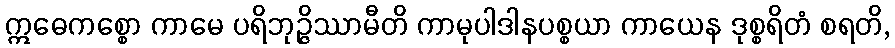
ဣဓေကစ္စော ကာမေ ပရိဘုဉ္ဇိဿာမီတိ ကာမုပါဒါနပစ္စယာ ကာယေန ဒုစ္စရိတံ စရတိ,